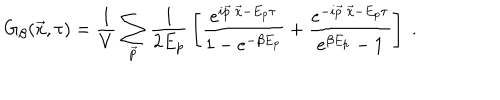
G _ { \beta } ( \vec { x } , \tau ) = { \frac { 1 } { V } } \sum _ { \vec { p } } { \frac { 1 } { 2 E _ { p } } } \left[ { \frac { e ^ { i \vec { p } \cdot \vec { x } - E _ { p } \tau } } { 1 - e ^ { - \beta E _ { p } } } } + { \frac { e ^ { - i \vec { p } \cdot \vec { x } - E _ { p } \tau } } { e ^ { \beta E _ { p } } - 1 } } \right] \; .